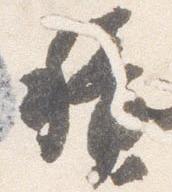
積